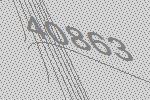
40863